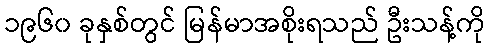
၁၉၆၀ ခုနှစ်တွင် မြန်မာအစိုးရသည် ဦးသန့်ကို